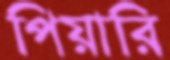
পিয়ারি